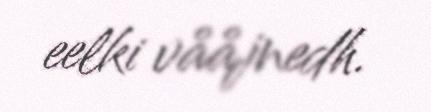
eelki vååjnedh.